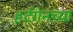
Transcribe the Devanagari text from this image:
हर्टगेनच्या